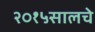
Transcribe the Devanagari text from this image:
२०१५सालचे